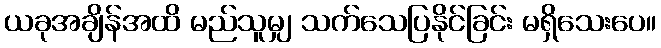
ယခုအချိန်အထိ မည်သူမျှ သက်သေပြနိုင်ခြင်း မရှိသေးပေ။